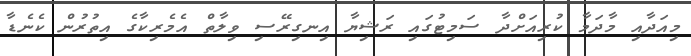
މިއަދާއި މާދަމާ ކުރިއަށްދާ ސަމިޓުގައި ރަޝިޔާ އިނގިރޭސި ވިލާތް އެމެރިކާގެ އިތުރުން ކެނެޑާ